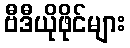
ဗီဒီယိုဖိုင်များ